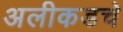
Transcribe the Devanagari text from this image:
अलीकडचे